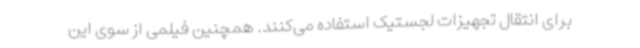
برای انتقال تجهیزات لجستیک استفاده می‌کنند. همچنین فیلمی از سوی این